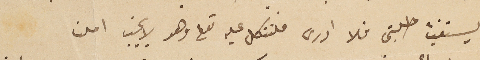
يستغيث طلبتى فلا ادرى فلنتكل عليه تعالى وهو لا يخيب املنا